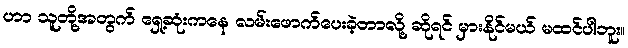
ဟာ သူတို့အတွက် ရှေ့ဆုံးကနေ လမ်းဖောက်ပေးခဲ့တာလို့ ဆိုရင် မှားနိုင်မယ် မထင်ပါဘူး။